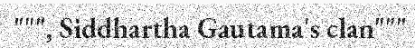
""", Siddhartha Gautama's clan"""